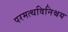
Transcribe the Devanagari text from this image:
परमत्थविनिश्चय